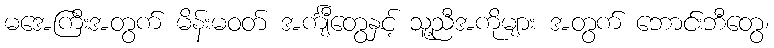
မအေကြီးအတွက် မိန်းမဝတ် အင်္ကျီတွေနှင့် သူ့ညီအကိုများ အတွက် ဘောင်းဘီတွေ၊